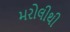
મરોલીથી